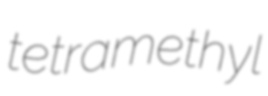
tetramethyl